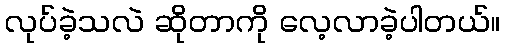
လုပ်ခဲ့သလဲ ဆိုတာကို လေ့လာခဲ့ပါတယ်။